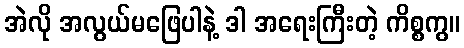
အဲလို အလွယ်မဖြေပါနဲ့ ဒါ အရေးကြီးတဲ့ ကိစ္စကွ။